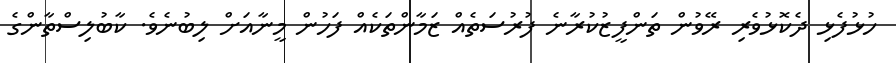
ހުޅުފެޅި ދެކޮޅުވެރި ރޭވުން ތަންފީޒުކުރާނެ ފުރުސަތެއް ޒަމާންތަކެއް ފަހުން މީނާއަށް ލިބުނެވެ. ކާބުލިސްތާންގެ